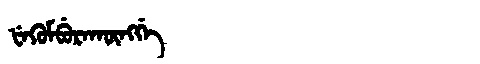
Manchu: ᡶᡝᡴᡠᠮᠪᡠᡵᠠᡴᡡᠩᡤᡝ
Romanization: FEKUMBURAKŪNGGE